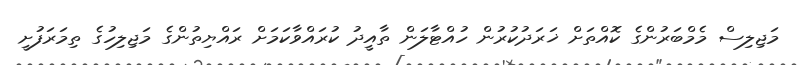
މަޖިލިސް މެމްބަރުންގެ ކޮއްތަށް ޚަރަދުކުރުން ހުއްޓާލަން ތާއީދު ކުރައްވާކަމަށް ރައްޔިތުންގެ މަޖިލިހުގެ ތިމަރަފުށީ